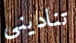
تناديني